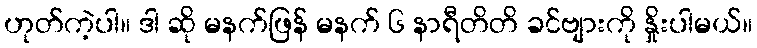
ဟုတ်ကဲ့ပါ။ ဒါ ဆို မနက်ဖြန် မနက် ၆ နာရီတိတိ ခင်ဗျားကို နှိုးပါမယ်။